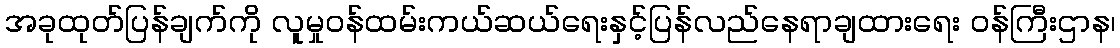
အခုထုတ်ပြန်ချက်ကို လူမှုဝန်ထမ်းကယ်ဆယ်ရေးနှင့်ပြန်လည်နေရာချထားရေး ဝန်ကြီးဌာန၊